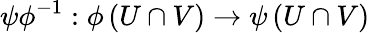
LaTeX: \psi\phi^{-1}:\phi\left(U\cap V\right)\rightarrow\psi\left(U\cap V\right)